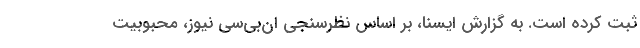
ثبت کرده است. به گزارش ایسنا، بر اساس نظرسنجی ان‌بی‌سی نیوز، محبوبیت